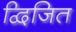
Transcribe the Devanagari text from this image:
द्विजित